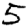
Digit: 5